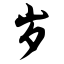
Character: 岁